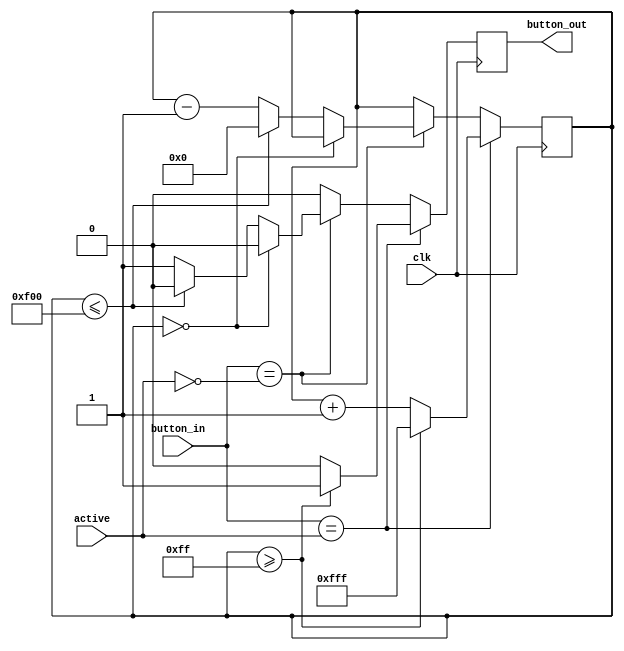
module hysteresis_button
(
    input wire clk,
    input wire button_in, // 1 bit - signal to be debounced
    input wire active,    // 1 bit - high if input is active high signal
    output reg button_out // 1 bit - output debounced signal
);

reg [11:0] count = 12'h000; // debounce counter

always @ (posedge clk) begin
    if (button_in==active) begin
        if (count >= 12'h0ff) begin
            count <= 12'hfff;
            button_out <= 1'b1;
        end
        else begin
            count <= count+1;
            button_out <= 1'b0;
        end
    end
    else if (button_in == !active) begin
        if (count == 12'h000) begin
            count <= count;
            button_out <= 1'b0;
        end
        else begin
            if (count <= 12'hf00) begin
                button_out <= 1'b0;
                count <= 12'h000;
            end
            else begin
                count <= count-1;
                button_out <= 1'b1;
            end
        end
    end
    else begin
        count <= count;
        button_out <= 1'b0;
    end
    end

endmodule